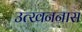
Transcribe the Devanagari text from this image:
उत्खननास